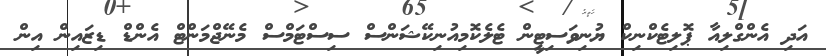
އަދި އެންގްލިއާ ޕޮލިޓެކްނިކް ޔުނިވަސިޓީން ޓެލެކޮމިއުނިކޭޝަންސް ސިސްޓަމްސް މެނޭޖްމަންޓް އެންޑް ޑިޒައިން އިން